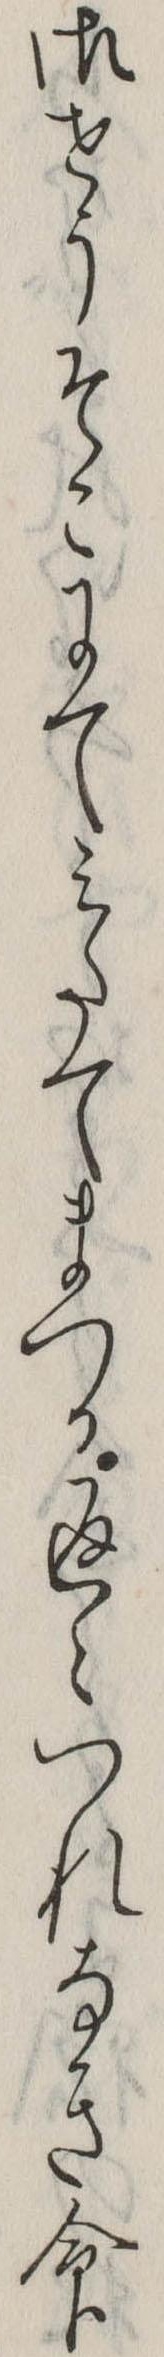
御せうそこにてみたてまつる返々つれなき命